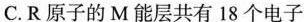
C.R原子的M能层共有18个电子4d 5s